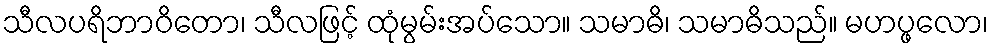
သီလပရိဘာဝိတော၊ သီလဖြင့် ထုံမွမ်းအပ်သော။ သမာဓိ၊ သမာဓိသည်။ မဟပ္ဖလော၊